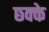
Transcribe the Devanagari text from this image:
छ्क्के